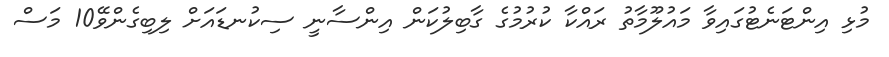
މުޅި އިންޓަނެޓުގައިވާ މައުލޫމާތު ރައްކާ ކުރުމުގެ ގާބިލުކަން އިންސާނީ ސިކުނޑައަށް ލިބިގެންވޭ10 މަސް